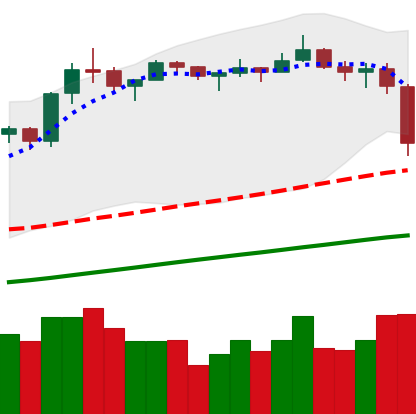
Ticker: LTC-USD
Chart end date: 2019-06-27
Forward return: 4.23%
Label: up_3_5